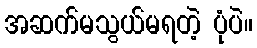
အဆက်မသွယ်မရတဲ့ ပုံပဲ။